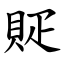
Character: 䝪